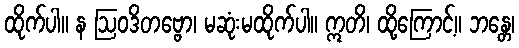
ထိုက်ပါ။ န ဩဝဒိတဗ္ဗော၊ မဆုံးမထိုက်ပါ။ ဣတိ၊ ထို့ကြောင့်။ ဘန္တေ၊